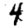
Digit: 4